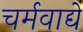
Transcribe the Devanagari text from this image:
चर्मवाद्ये